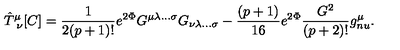
{ \hat { T } } _ { \ \nu } ^ { \mu } [ C ] = { \frac { 1 } { 2 ( p + 1 ) ! } } e ^ { 2 \Phi } G ^ { \mu \lambda \ldots \sigma } G _ { \nu \lambda \ldots \sigma } - { \frac { ( p + 1 ) } { 1 6 } } e ^ { 2 \Phi } { \frac { G ^ { 2 } } { ( p + 2 ) ! } } g _ { n u } ^ { \mu } .